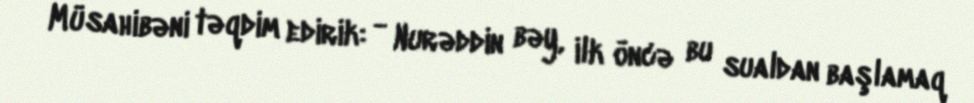
Müsahibəni təqdim edirik: - Nurəddin bəy, ilk öncə bu sualdan başlamaq